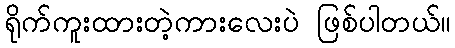
ရိုက်ကူးထားတဲ့ကားလေးပဲ ဖြစ်ပါတယ်။